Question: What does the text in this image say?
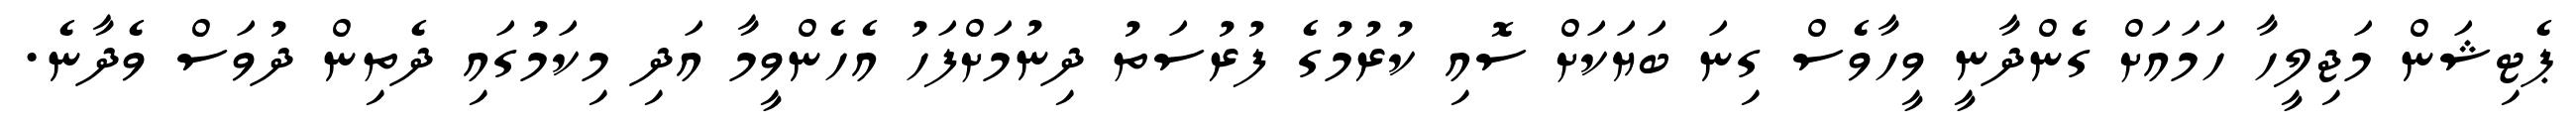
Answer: ޕެޓިޝަން މަޖިލީހާ ހަމައަށް ގެންދާނީ ވީހާވެސް ގިނަ ބަޔަކަށް ސޮއި ކުރުމުގެ ފުރުސަތު ދިނުމަށްފަހު އެހެންވީމާ އަދި މިކަމުގައި ދެތިން ދުވަސް ވެދާނެ.